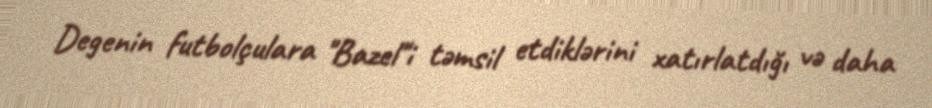
Degenin futbolçulara "Bazel"i təmsil etdiklərini xatırlatdığı və daha